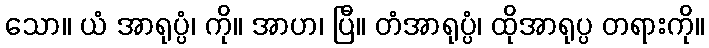
သော။ ယံ အာရုပ္ပံ၊ ကို။ အာဟ၊ ပြီ။ တံအာရုပ္ပံ၊ ထိုအာရုပ္ပ တရားကို။